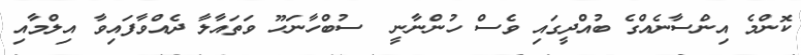
ކޮންމެ އިންސާނެއްގެ ބުއްދީގައި ވެސް ހުންނާނީ  ސުބްހާނަހޫ ވަތައާލާ ދެއްވާފައިވާ އިލްމާއި